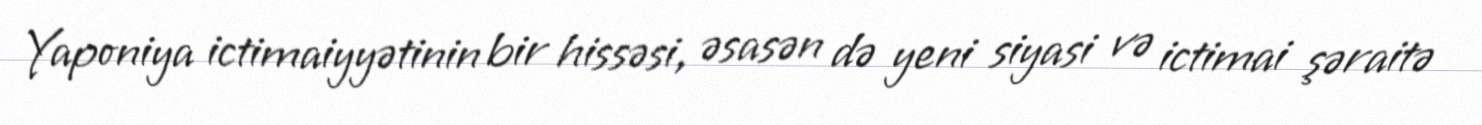
Yaponiya ictimaiyyətinin bir hissəsi, əsasən də yeni siyasi və ictimai şəraitə